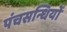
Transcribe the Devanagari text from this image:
पंचसन्धियों